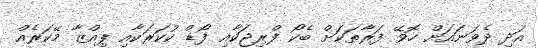
އަދި ދެވަނައަށް ހޮވޭ ފަރާތަކަށް ބެކޯ ފްރިޖަކާއި ފޯޑް ކުކަރަކާއި ޕިއްޒާ މޭކަރެއް